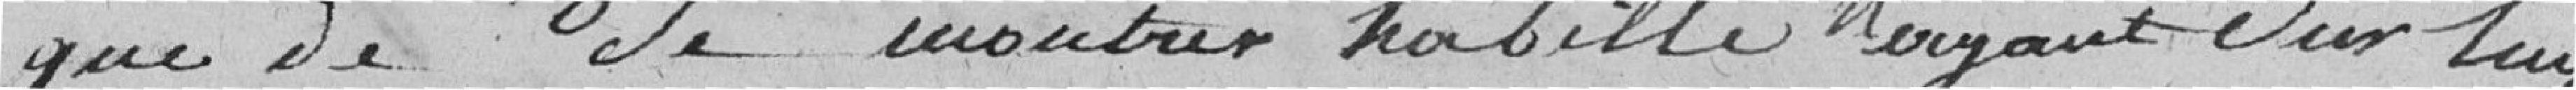
que de se montrer habillé n'ayant sur lui